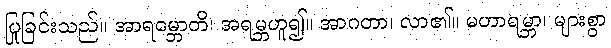
ပြုခြင်းသည်။ အာရမ္ဘောတိ၊ အရမ္ဘဟူ၍။ အာဂတာ၊ လာ၏။ မဟာရမ္ဘာ၊ များစွာ